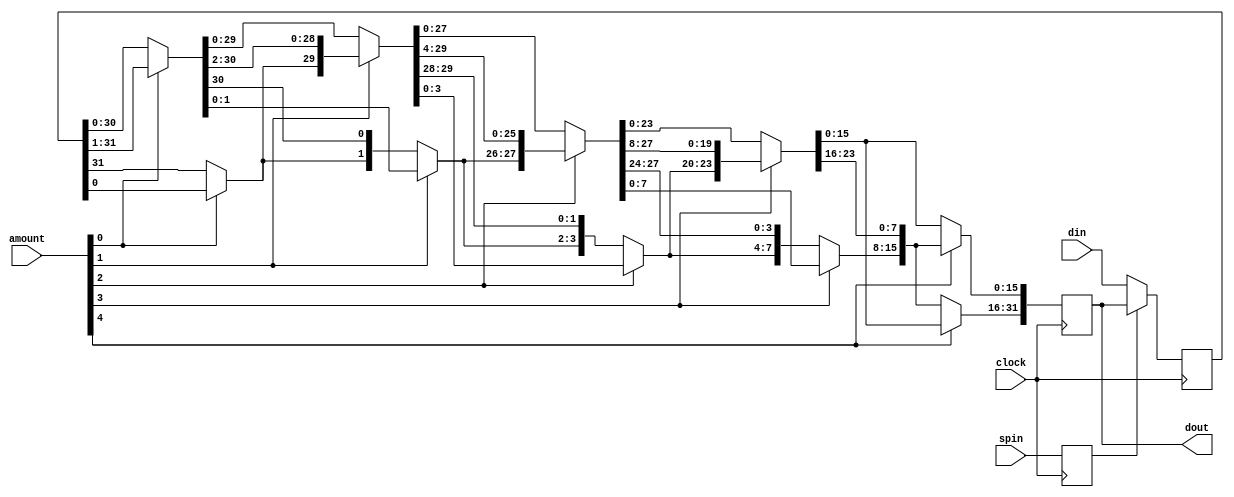
// Spinner.
//


module spinner(clock,spin,amount,din,dout);
    input	      clock;
    input 	      spin;
    input [4:0]       amount;
    input [31:0]      din;
    output [31:0]     dout;

    reg [31:0] 	      dout;
    reg [31:0] 	      inr;
    reg 	      spl;

    wire [31:0]       tmp0;
    wire [31:0]       tmp1;
    wire [31:0]       tmp2;
    wire [31:0]       tmp3;
    wire [31:0]       tmp4;
    wire [31:0]       tmp5;

    initial begin
	dout = 0;
	inr = 0;
	spl = 0;
    end

    assign tmp0 = inr;
    assign tmp1[30:0] = amount[0] ?  tmp0[31:1] : tmp0[30:0];
    assign tmp1[31] = amount[0] ?  tmp0[0] : tmp0[31];
    assign tmp2[29:0] = amount[1] ?  tmp1[31:2] : tmp1[29:0];
    assign tmp2[31:30] = amount[1] ?  tmp1[1:0] : tmp1[31:30];
    assign tmp3[27:0] = amount[2] ?  tmp2[31:4] : tmp2[27:0];
    assign tmp3[31:28] = amount[2] ?  tmp2[3:0] : tmp2[31:28];
    assign tmp4[23:0] = amount[3] ?  tmp3[31:8] : tmp3[23:0];
    assign tmp4[31:24] = amount[3] ?  tmp3[7:0] : tmp3[31:24];
    assign tmp5[15:0] = amount[4] ?  tmp4[31:16] : tmp4[15:0];
    assign tmp5[31:16] = amount[4] ?  tmp4[15:0] : tmp4[31:16];

    always @ (posedge clock) begin
	if (spl)
	  inr = dout;
	else
	  inr = din;
	dout = tmp5;
	spl = spin;
    end // always @ (posedge clock)

endmodule // rotate